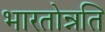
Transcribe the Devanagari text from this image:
भारतोन्नति